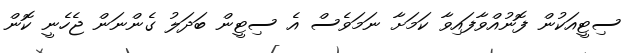
ސިޓީއަކުން ފޮނުއްވާފައިވާ ކަމަށާ ނަމަވެސް އެ ސިޓީން ބަދަލު ގެންނަން ޖެހެނީ ކޮން